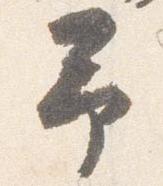
予